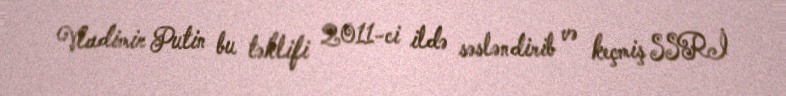
Vladimir Putin bu təklifi 2011-ci ildə səsləndirib və keçmiş SSRİ